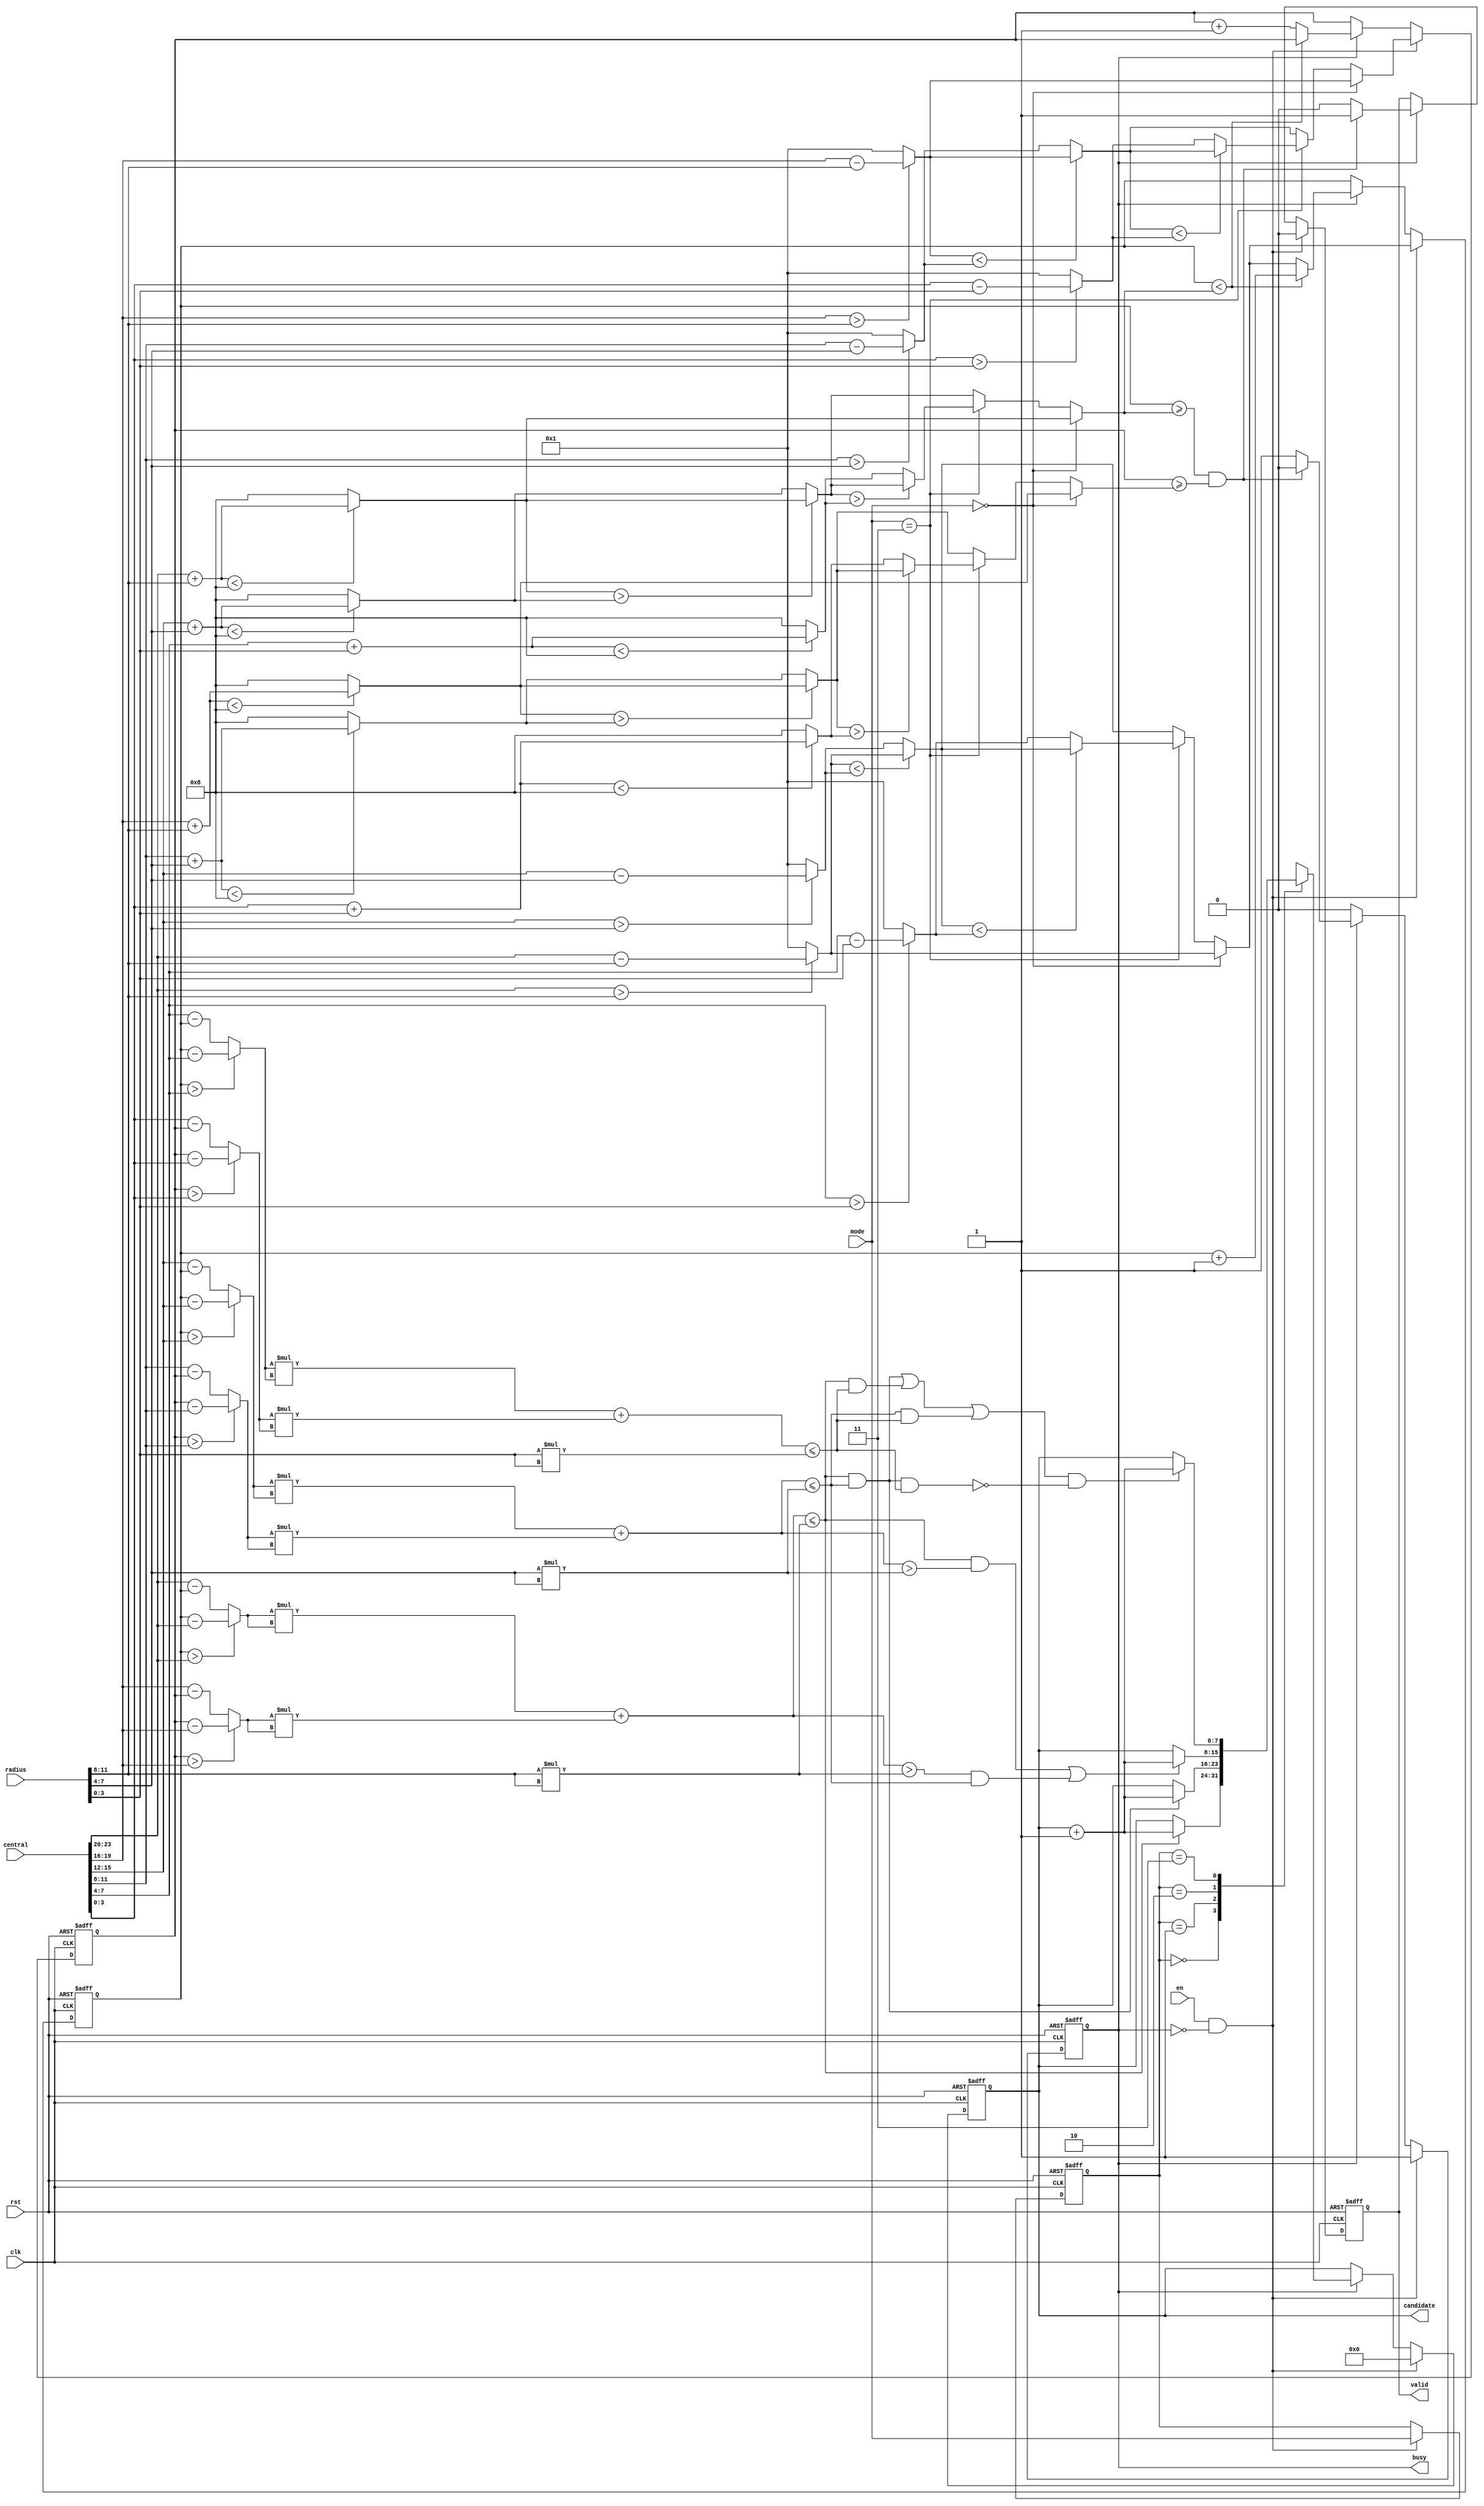
module SET ( clk , rst, en, central, radius, mode, busy, valid, candidate );

input clk, rst;
input en;
input [23:0] central;
input [11:0] radius;
input [1:0] mode;
output busy;
output valid;
output [7:0] candidate;

reg busy,valid;
reg [1:0] mode_reg;
reg [3:0] row,col;
reg [7:0] candidate;

wire [3:0] AC_x = central[23:20];
wire [3:0] AC_y = central[19:16];
wire [3:0] BC_x = central[15:12];
wire [3:0] BC_y = central[11:8];
wire [3:0] CC_x = central[7:4];
wire [3:0] CC_y = central[3:0];

wire [3:0] dis_Ax = (col > AC_x)? col - AC_x:AC_x - col;
wire [3:0] dis_Ay = (row > AC_y)? row - AC_y:AC_y - row;
wire [3:0] dis_Bx = (col > BC_x)? col - BC_x:BC_x - col;
wire [3:0] dis_By = (row > BC_y)? row - BC_y:BC_y - row;
wire [3:0] dis_Cx = (col > CC_x)? col - CC_x:CC_x - col;
wire [3:0] dis_Cy = (row > CC_y)? row - CC_y:CC_y - row;

wire [7:0] sq_Ax = dis_Ax*dis_Ax;
wire [7:0] sq_Ay = dis_Ay*dis_Ay;
wire [7:0] sq_Bx = dis_Bx*dis_Bx;
wire [7:0] sq_By = dis_By*dis_By;
wire [7:0] sq_Cx = dis_Cx*dis_Cx;
wire [7:0] sq_Cy = dis_Cy*dis_Cy;

wire [8:0] sum_A = sq_Ax + sq_Ay;
wire [8:0] sum_B = sq_Bx + sq_By;
wire [8:0] sum_C = sq_Cx + sq_Cy;

wire [3:0] RA = radius[11:8];
wire [3:0] RB = radius[7:4];
wire [3:0] RC = radius[3:0];
wire [7:0] sq_RA = RA*RA;
wire [7:0] sq_RB = RB*RB;
wire [7:0] sq_RC = RC*RC;

wire [3:0] Rlimit_A = (AC_x + RA < 4'd8)? AC_x + RA:4'd8;
wire [3:0] Llimit_A = (AC_x > RA)? AC_x - RA:4'd1;
wire [3:0] Ulimit_A = (AC_y + RA < 4'd8)? AC_y + RA:4'd8;
wire [3:0] Dlimit_A = (AC_y > RA)? AC_y - RA:4'd1;

wire [3:0] Rlimit_B = (BC_x + RB < 4'd8)? BC_x + RB:4'd8;
wire [3:0] Llimit_B = (BC_x > RB)? BC_x - RB:4'd1;
wire [3:0] Ulimit_B = (BC_y + RB < 4'd8)? BC_y + RB:4'd8;
wire [3:0] Dlimit_B = (BC_y > RB)? BC_y - RB:4'd1;

wire [3:0] Rlimit_C = (CC_x + RC < 4'd8)? CC_x + RC:4'd8;
wire [3:0] Llimit_C = (CC_x > RC)? CC_x - RC:4'd1;
wire [3:0] Ulimit_C = (CC_y + RC < 4'd8)? CC_y + RC:4'd8;
wire [3:0] Dlimit_C = (CC_y > RC)? CC_y - RC:4'd1;

wire [3:0] Rlimit_AB = (Rlimit_A > Rlimit_B)? Rlimit_A:Rlimit_B;
wire [3:0] Llimit_AB = (Llimit_A < Llimit_B)? Llimit_A:Llimit_B;
wire [3:0] Ulimit_AB = (Ulimit_A > Ulimit_B)? Ulimit_A:Ulimit_B;
wire [3:0] Dlimit_AB = (Dlimit_A < Dlimit_B)? Dlimit_A:Dlimit_B;
wire [3:0] Rlimit_AC = (Rlimit_AB > Rlimit_C)? Rlimit_AB:Rlimit_C;
wire [3:0] Llimit_AC = (Llimit_AB < Llimit_C)? Llimit_AB:Llimit_C;
wire [3:0] Ulimit_AC = (Ulimit_AB > Ulimit_C)? Ulimit_AB:Ulimit_C;
wire [3:0] Dlimit_AC = (Dlimit_AB < Dlimit_C)? Dlimit_AB:Dlimit_C;

wire [3:0] row_max = (!mode)? Ulimit_A : ((mode == 2'd3)? Ulimit_AC:Ulimit_AB);
wire [3:0] col_max = (!mode)? Rlimit_A : ((mode == 2'd3)? Rlimit_AC:Rlimit_AB);
wire [3:0] row_min = (!mode)? Dlimit_A : ((mode == 2'd3)? Dlimit_AC:Dlimit_AB);
wire [3:0] col_min = (!mode)? Llimit_A : ((mode == 2'd3)? Llimit_AC:Llimit_AB);

always@(posedge clk or posedge rst)
begin

	if(rst)
	begin
		busy <= 0;
		valid <= 0;
		mode_reg <= 2'd0;
		row <= 4'd0;
		col <= 4'd0;
		candidate <= 8'd0;
	end
	else
	begin
		
		if(en && !busy)
		begin
			valid <= 0;
			mode_reg <= mode;
			row <= row_min;
			col <= col_min;
			busy <= 1;
			candidate <= 8'd0;
		end
		else if(busy)
		begin
		
			case(mode_reg)
			
			2'd0:
				candidate <= (sum_A <= sq_RA)? candidate + 8'd1:candidate;
			
			2'd1:
				candidate <= ((sum_A <= sq_RA) && (sum_B <= sq_RB))? candidate + 8'd1:candidate;
			
			2'd2:
				candidate <= (((sum_A <= sq_RA) && (sum_B > sq_RB)) || ((sum_A > sq_RA) && (sum_B <= sq_RB)))? candidate + 8'd1:candidate;

			2'd3:
				candidate <= ((((sum_A <= sq_RA) && (sum_B <= sq_RB)) || ((sum_A <= sq_RA) && (sum_C <= sq_RC)) || ((sum_B <= sq_RB) && (sum_C <= sq_RC))) && !((sum_A <= sq_RA) && (sum_B <= sq_RB) && (sum_C <= sq_RC)))? candidate + 8'd1:candidate;
			
			default:
				candidate <= candidate;
			
			endcase
			
			row <= (col < col_max)? row:row + 4'd1;
			col <= (col < col_max)? col + 4'd1:col_min;
			busy <= ((col >= col_max) && (row >= row_max))? 0:1;
			valid <= ((col >= col_max) && (row >= row_max))? 1:0;
		
		end
		else
			mode_reg <= mode_reg;
		
	end


end

endmodule